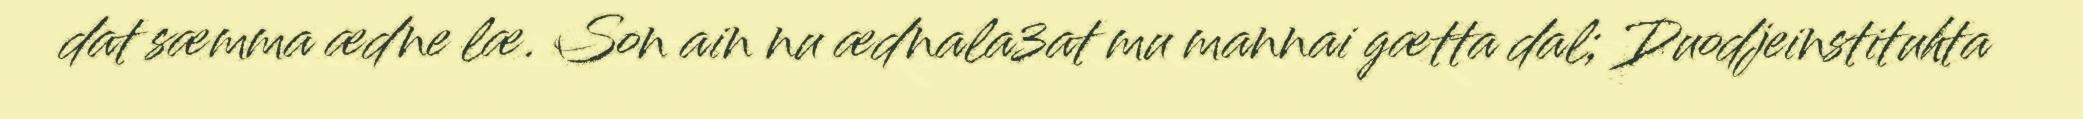
dat sæmma ædne læ. Son ain nu ædnala3at mu mannai gætta dal; Duodjeinstituhta